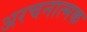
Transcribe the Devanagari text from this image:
अरचनात्मक